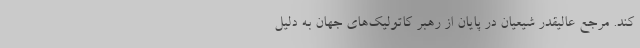
کند. مرجع عالیقدر شیعیان در پایان از رهبر کاتولیک‌های جهان به دلیل